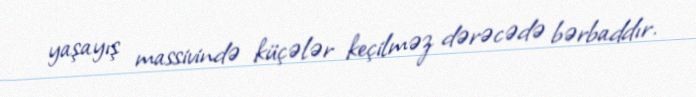
yaşayış massivində küçələr keçilməz dərəcədə bərbaddır.